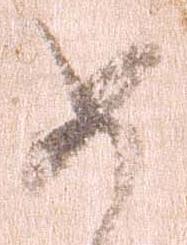
如